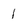
Character: 1